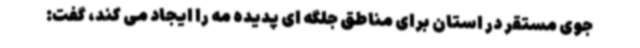
جوی مستقر در استان برای مناطق جلگه ای پدیده مه را ایجاد می کند، گفت: